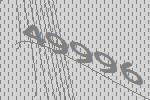
49996